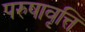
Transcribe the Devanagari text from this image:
परुषावृत्ति